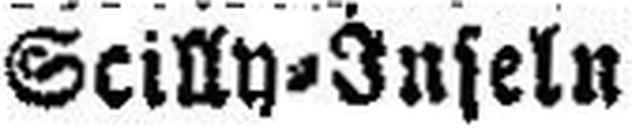
Scilly=Inseln